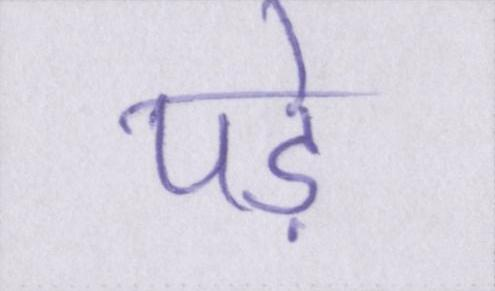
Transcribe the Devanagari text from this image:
पड़े